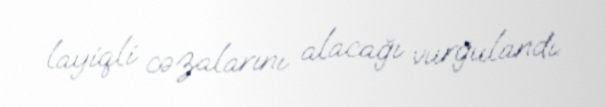
layiqli cəzalarını alacağı vurğulandı.